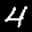
Label: 4